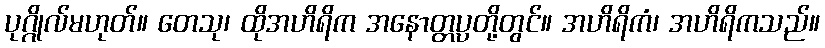
ပုဂ္ဂိုလ်မဟုတ်။ တေသု၊ ထိုအဟိရိက အနောတ္တပ္ပတို့တွင်။ အဟိရိကံ၊ အဟိရိကသည်။